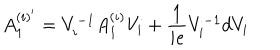
LaTeX: A _ { 1 } ^ { ( i ) ^ { \prime } } = V _ { i } ^ { - 1 } A _ { 1 } ^ { ( i ) } V _ { i } + \frac { 1 } { i e } V _ { i } ^ { - 1 } d V _ { i }